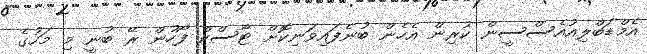
އެމްޑަބްލިއުއެސްސީން ކުރިން އެހެން ބުނެފައިވަނިކޮށް ޓާސްކް ފޯހުން ރޭ ބުނީ މި މަހުގެ